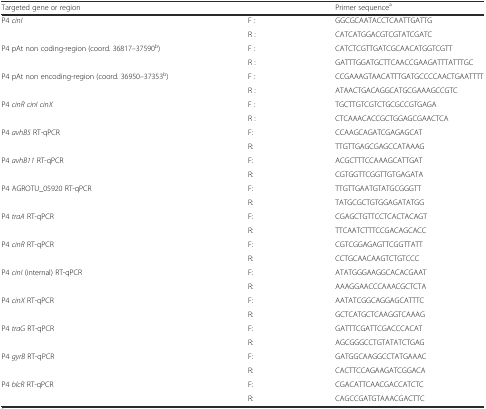
<table><thead><tr><td><b>Targeted gene or region</b></td><td></td><td><b>Primer sequence<sup>a</sup></b></td></tr></thead><tbody><tr><td rowspan="2">P4 <i>cinI</i></td><td>F :</td><td>GGCGCAATACCTCAATTGATTG</td></tr><tr><td>R :</td><td>CATCATGGACGTCGTATCGATC</td></tr><tr><td rowspan="2">P4 pAt non coding-region (coord. 36817–37590<sup>b</sup>)</td><td>F :</td><td>CATCTCGTTGATCGCAACATGGTCGTT</td></tr><tr><td>R :</td><td>GATTTGGATGCTTCAACCGAAGATTTATTTGC</td></tr><tr><td rowspan="2">P4 pAt non encoding-region (coord. 36950–37353<sup>b</sup>)</td><td>F :</td><td>CCGAAAGTAACATTTGATGCCCCAACTGAATTTT</td></tr><tr><td>R :</td><td>ATAACTGACAGGCATGCGAAAGCCGTC</td></tr><tr><td rowspan="2">P4 <i>cinR cinI cinX</i></td><td>F :</td><td>TGCTTGTCGTCTGCGCCGTGAGA</td></tr><tr><td>R :</td><td>CTCAAACACCGCTGGAGCGAACTCA</td></tr><tr><td rowspan="2">P4 <i>avhB5</i> RT-qPCR</td><td>F:</td><td>CCAAGCAGATCGAGAGCAT</td></tr><tr><td>R:</td><td>TTGTTGAGCGAGCCATAAAG</td></tr><tr><td rowspan="2">P4 <i>avhB11</i> RT-qPCR</td><td>F:</td><td>ACGCTTTCCAAAGCATTGAT</td></tr><tr><td>R:</td><td>CGTGGTTCGGTTGTGAGATA</td></tr><tr><td rowspan="2">P4 AGROTU_05920 RT-qPCR</td><td>F:</td><td>TTGTTGAATGTATGCGGGTT</td></tr><tr><td>R:</td><td>TATGCGCTGTGGAGATATGG</td></tr><tr><td rowspan="2">P4 <i>traA</i> RT-qPCR</td><td>F:</td><td>CGAGCTGTTCCTCACTACAGT</td></tr><tr><td>R:</td><td>TTCAATCTTTCCGACAGCACC</td></tr><tr><td rowspan="2">P4 <i>cinR</i> RT-qPCR</td><td>F:</td><td>CGTCGGAGAGTTCGGTTATT</td></tr><tr><td>R:</td><td>CCTGCAACAAGTCTGTCCC</td></tr><tr><td rowspan="2">P4 <i>cinI</i> (internal) RT-qPCR</td><td>F:</td><td>ATATGGGAAGGCACACGAAT</td></tr><tr><td>R:</td><td>AAAGGAACCCAAACGCTCTA</td></tr><tr><td rowspan="2">P4 <i>cinX</i> RT-qPCR</td><td>F:</td><td>AATATCGGCAGGAGCATTTC</td></tr><tr><td>R:</td><td>GCTCATGCTCAAGGTCAAAG</td></tr><tr><td rowspan="2">P4 <i>traG</i> RT-qPCR</td><td>F:</td><td>GATTTCGATTCGACCCACAT</td></tr><tr><td>R:</td><td>AGCGGGCCTGTATATCTGAG</td></tr><tr><td rowspan="2">P4 <i>gyrB</i> RT-qPCR</td><td>F:</td><td>GATGGCAAGGCCTATGAAAC</td></tr><tr><td>R:</td><td>CACTTCCAGAAGATCGGACA</td></tr><tr><td rowspan="2">P4 <i>blcR</i> RT-qPCR</td><td>F:</td><td>CGACATTCAACGACCATCTC</td></tr><tr><td>R:</td><td>CAGCCGATGTAAACGACTTC</td></tr></tbody></table>